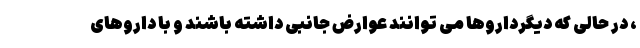
، در حالی که دیگرداروها می توانند عوارض جانبی داشته باشند و با داروهای